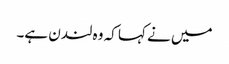
میں نے کہا کہ وہ لندن ہے۔